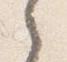
之